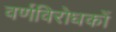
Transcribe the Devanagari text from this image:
वर्णविरोधकों